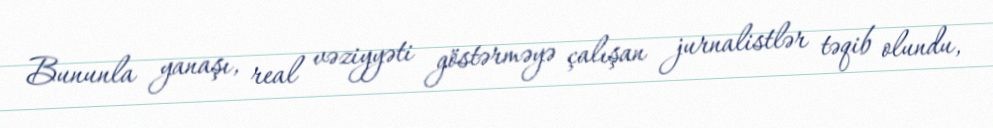
Bununla yanaşı, real vəziyyəti göstərməyə çalışan jurnalistlər təqib olundu,